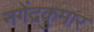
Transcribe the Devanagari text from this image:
नगेंद्रकुमार